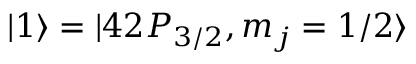
| 1 \rangle = | 4 2 P _ { 3 / 2 } , m _ { j } = 1 / 2 \rangle